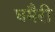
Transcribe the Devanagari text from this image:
घमैरी